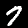
Digit: 7